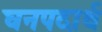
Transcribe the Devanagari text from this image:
घनपदार्थ